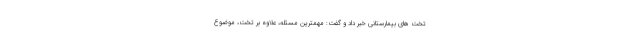
تخت های بیمارستانی خبر داد و گفت: مهمترین مسئله، علاوه بر تخت، موضوع